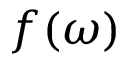
f ( \omega )